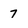
Character: 7